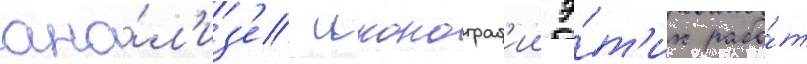
ана́л'из'е иконограф'ии э́т'их рабо́т